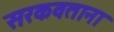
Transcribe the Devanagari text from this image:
सरकवताना